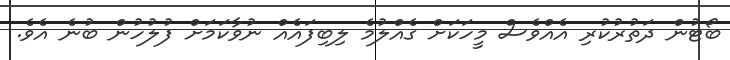
ބޯޓުން ދަތުރުކުރި އެއްވެސް މީހަކަށް ގެއްލުމެ ލިބިފައެއް ނުވާކަމަށް ފުލުހުން ބުނެ އެވެ.